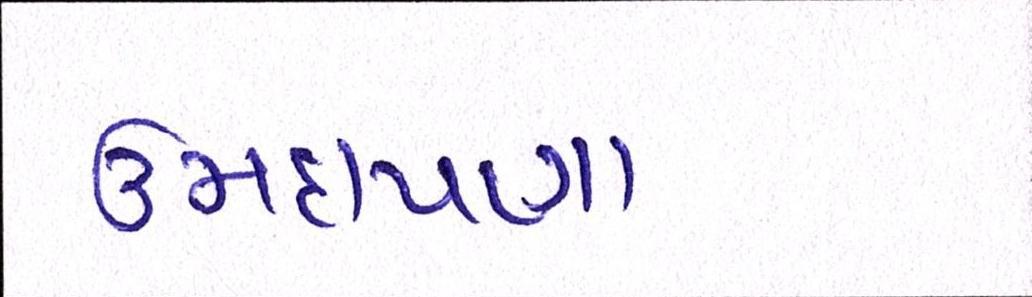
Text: ઉમદાપણા